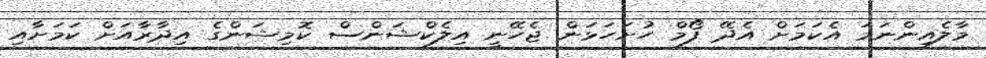
މާލެއިންނަމަ އެކަމަށް އެދޭ ފޯމް ހުށަހަޅަން ޖެހޭނީ އިލެކްޝަންސް ކޮމިޝަންގެ އިދާރާއަށް ކަމަށާއި